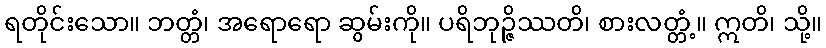
ရတိုင်းသော။ ဘတ္တံ၊ အရောရော ဆွမ်းကို။ ပရိဘုဉ္ဇိဿတိ၊ စားလတ္တံ့။ ဣတိ၊ သို့။